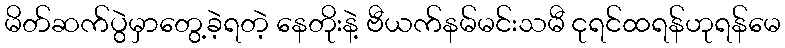
မိတ်ဆက်ပွဲမှာတွေ့ခဲ့ရတဲ့ နေတိုးနဲ့ ဗီယက်နမ်မင်းသမီ ငုရင်ထရန်ဟုရန်မေ